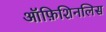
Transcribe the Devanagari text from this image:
ऑफ़िशिनलिस